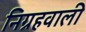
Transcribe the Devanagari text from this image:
निग्रहवाली